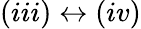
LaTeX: (iii)\leftrightarrow(iv)